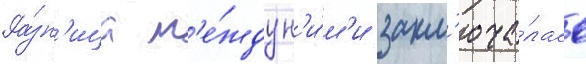
Ра́зн'ица м'е́жду н'и́м'и закл'юча́лась